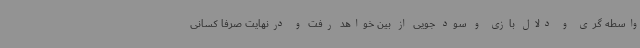
واسطه گری و دلال بازی و سود جویی از بین خواهد رفت و درنهایت صرفا کسانی